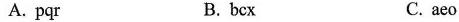
A.pqr B.bcx C.aeo